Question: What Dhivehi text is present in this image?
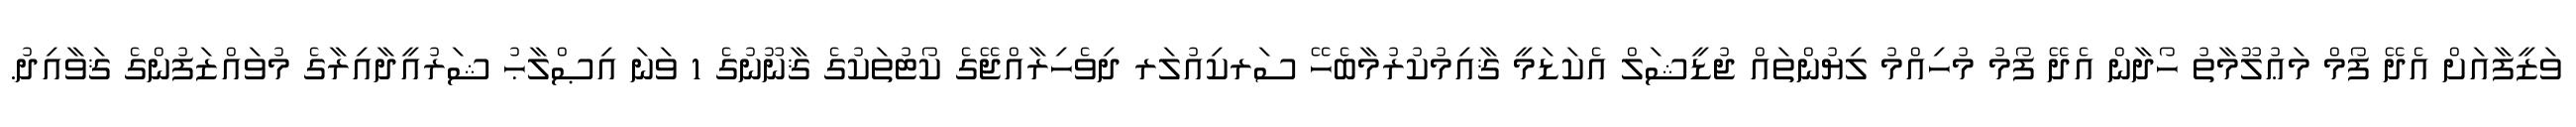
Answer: ވަޒީފާއަށް އެދޭ ފޯމް މަޢުލޫމާތު ހޯދާން އެދޭ ފޯމު މުހިއްމު ލިޔުންތައް ޖުޑީޝަލް އެކަޑަމީ ޤާއިމުކުރުމާބެހޭ ސަރކިއުލަރ ދިވެހިރާއްޖޭގެ ކޯޓުތަކުގެ ޤާނޫނުގެ 1 ވަނަ އިޞްލާޙު ޝަރުއީދާއިރާގެ މުވައްޒަފުންގެ ޤަވާއިދު.